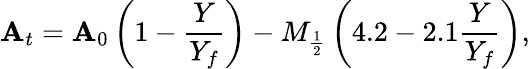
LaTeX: \mathbf{A}_{t}=\mathbf{A}_{0}\left(1-\frac{{Y}}{{Y_{f}}}\right)-M_{\frac{{1}}{{2}}}\left(4.2-2.1\frac{{Y}}{{Y_{f}}}\right),